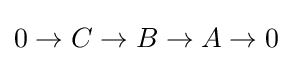
0\rightarrow C\rightarrow B\rightarrow A\rightarrow 0